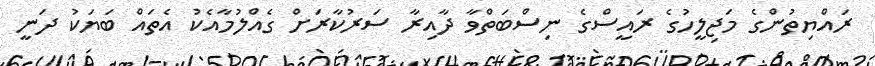
ރައްޔިތުންގެ މަޖިލީހުގެ ރައީސްގެ ނިސްބަތްވާ ދާއިރާ ސަރުކާރަށް ގެއްލުމާއެކު އެތައް ބަޔަކު ދަނީ